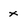
Character: x